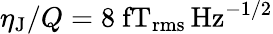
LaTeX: \eta_{\mathrm{J}}/Q=8~\mathrm{fT_{rms}\, Hz^{-1/2}}